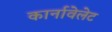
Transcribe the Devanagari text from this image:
कार्नावेलेट